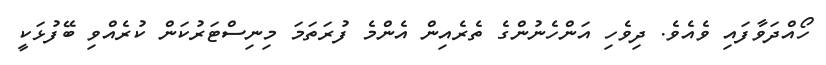
ހޯއްދަވާފައި ވެއެވެ. ދިވެހި އަންހެނުންގެ ތެރެއިން އެންމެ ފުރަތަމަ މިނިސްޓަރުކަން ކުރެއްވި ބޭފުޅަކީ